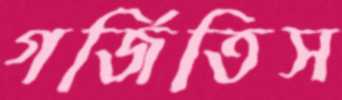
গর্জিতিস